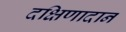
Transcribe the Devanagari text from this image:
दक्षिणादान